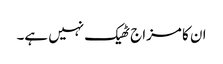
ان کا مزاج ٹھیک نہیں ہے۔